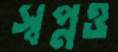
স্বপ্নও